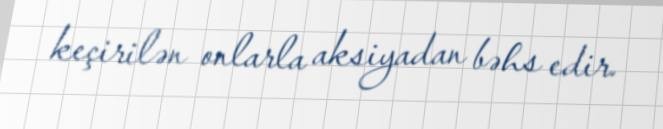
keçirilən onlarla aksiyadan bəhs edir.